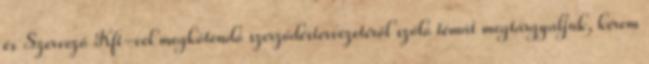
és Szervező Kft-vel megkötendő szerződéstervezetéről szóló témát megtárgyaljuk, kérem